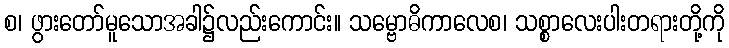
စ၊ ဖွားတော်မူသောအခါ၌လည်းကောင်း။ သမ္ဗောဓိကာလေစ၊ သစ္စာလေးပါးတရားတို့ကို